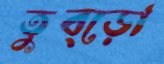
তুব্‌ড়ো